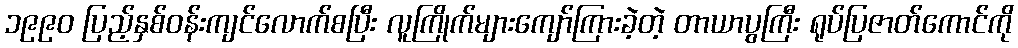
၁၉၉၀ ပြည့်နှစ်ဝန်းကျင်လောက်စပြီး လူကြိုက်များကျော်ကြားခဲ့တဲ့ တာယာပွကြီး ရုပ်ပြဇာတ်ကောင်ကို